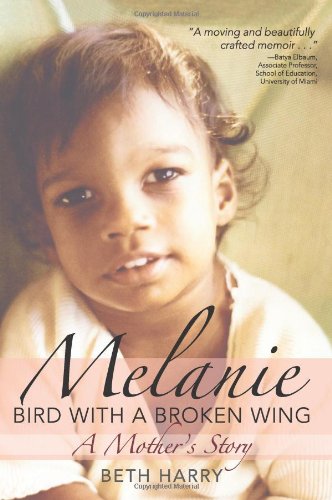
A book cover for Melanie, Bird with a Broken Wing: A Mother's Story; Beth Harry Ph.D.; Biographies & Memoirs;